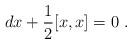
LaTeX: \begin{align*}dx + \frac{1}{2}[x,x] = 0\ .\end{align*}